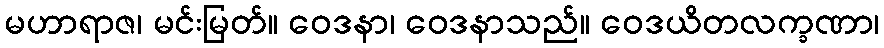
မဟာရာဇ၊ မင်းမြတ်။ ဝေဒနာ၊ ဝေဒနာသည်။ ဝေဒယိတလက္ခဏာ၊